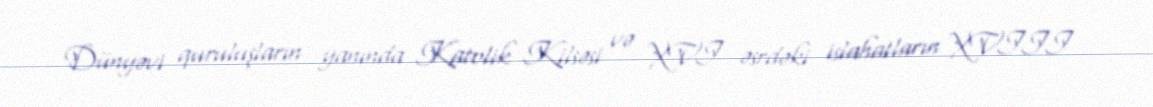
Dünyəvi quruluşların yanında Katolik Kilsəsi və XVI əsrdəki islahatların XVIII